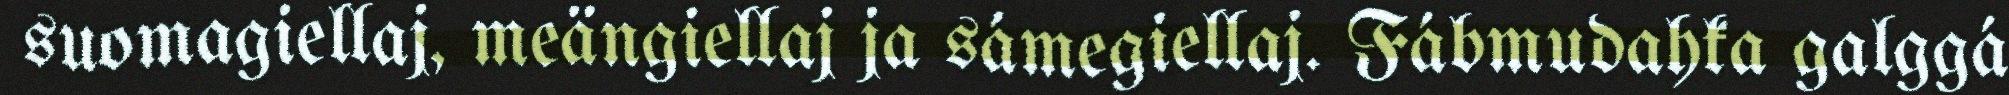
suomagiellaj, meängiellaj ja sámegiellaj. Fábmudahka galggá